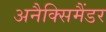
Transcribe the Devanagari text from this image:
अनैक्सिमैंडर